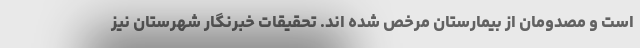
است و مصدومان از بیمارستان مرخص شده اند. تحقیقات خبرنگار شهرستان نیز